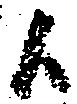
候